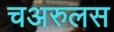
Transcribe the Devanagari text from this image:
चअरुलस